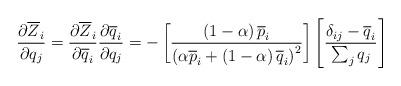
LaTeX: \begin{align*}\frac{\partial \overline{Z}_{i}}{\partial q_{j}}=\frac{\partial \overline{Z}_{i}}{\partial \overline{q}_{i}}\frac{\partial \overline{q}_{i}}{\partial q_{j}}=-\left[\frac{\left(1-\alpha\right)\overline{p}_{i}}{\left(\alpha \overline{p}_{i}+\left(1-\alpha\right)\overline{q}_{i}\right)^{2}}\right]\left[\frac{\delta_{ij}-\overline{q}_{i}}{\sum_{j}q_{j}}\right] \end{align*}